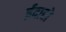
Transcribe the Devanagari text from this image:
ईदाहो